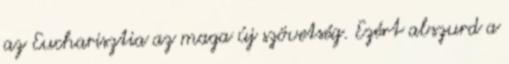
az Eucharisztia az maga új szövetség. Ezért abszurd a